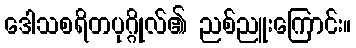
ဒေါသစရိတပုဂ္ဂိုလ်၏ ညစ်ညူးကြောင်း။